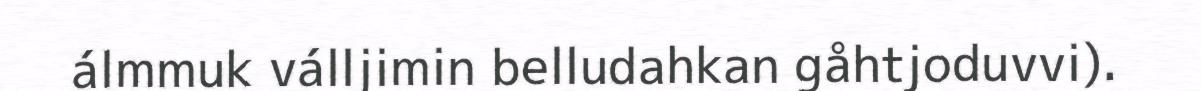
álmmuk válljimin belludahkan gåhtjoduvvi).